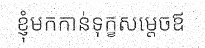
ខ្ញុំមកកាន់ទុក្ខសម្តេចឪ